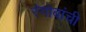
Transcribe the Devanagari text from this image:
रंगोबांची